Report of the Bombay Plague Committee
Disease focus: Plague
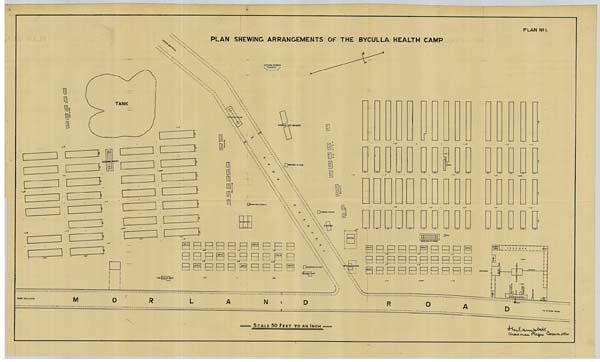
PLAN No: 1.
PLAN SHEWING ARRANGEMENTS OF THE BYCULLA HEALTH CAMP
SCALE 50 FEET TO AN
INCH